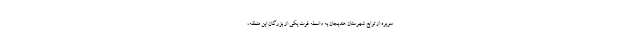
سویره از توابع شهرستان هندیجان به واسطه فوت یکی از بزرگان این منطقه،